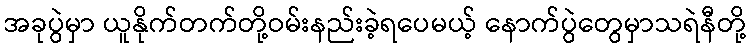
အခုပွဲမှာ ယူနိုက်တက်တို့ဝမ်းနည်းခဲ့ရပေမယ့် နောက်ပွဲတွေမှာသရဲနီတို့